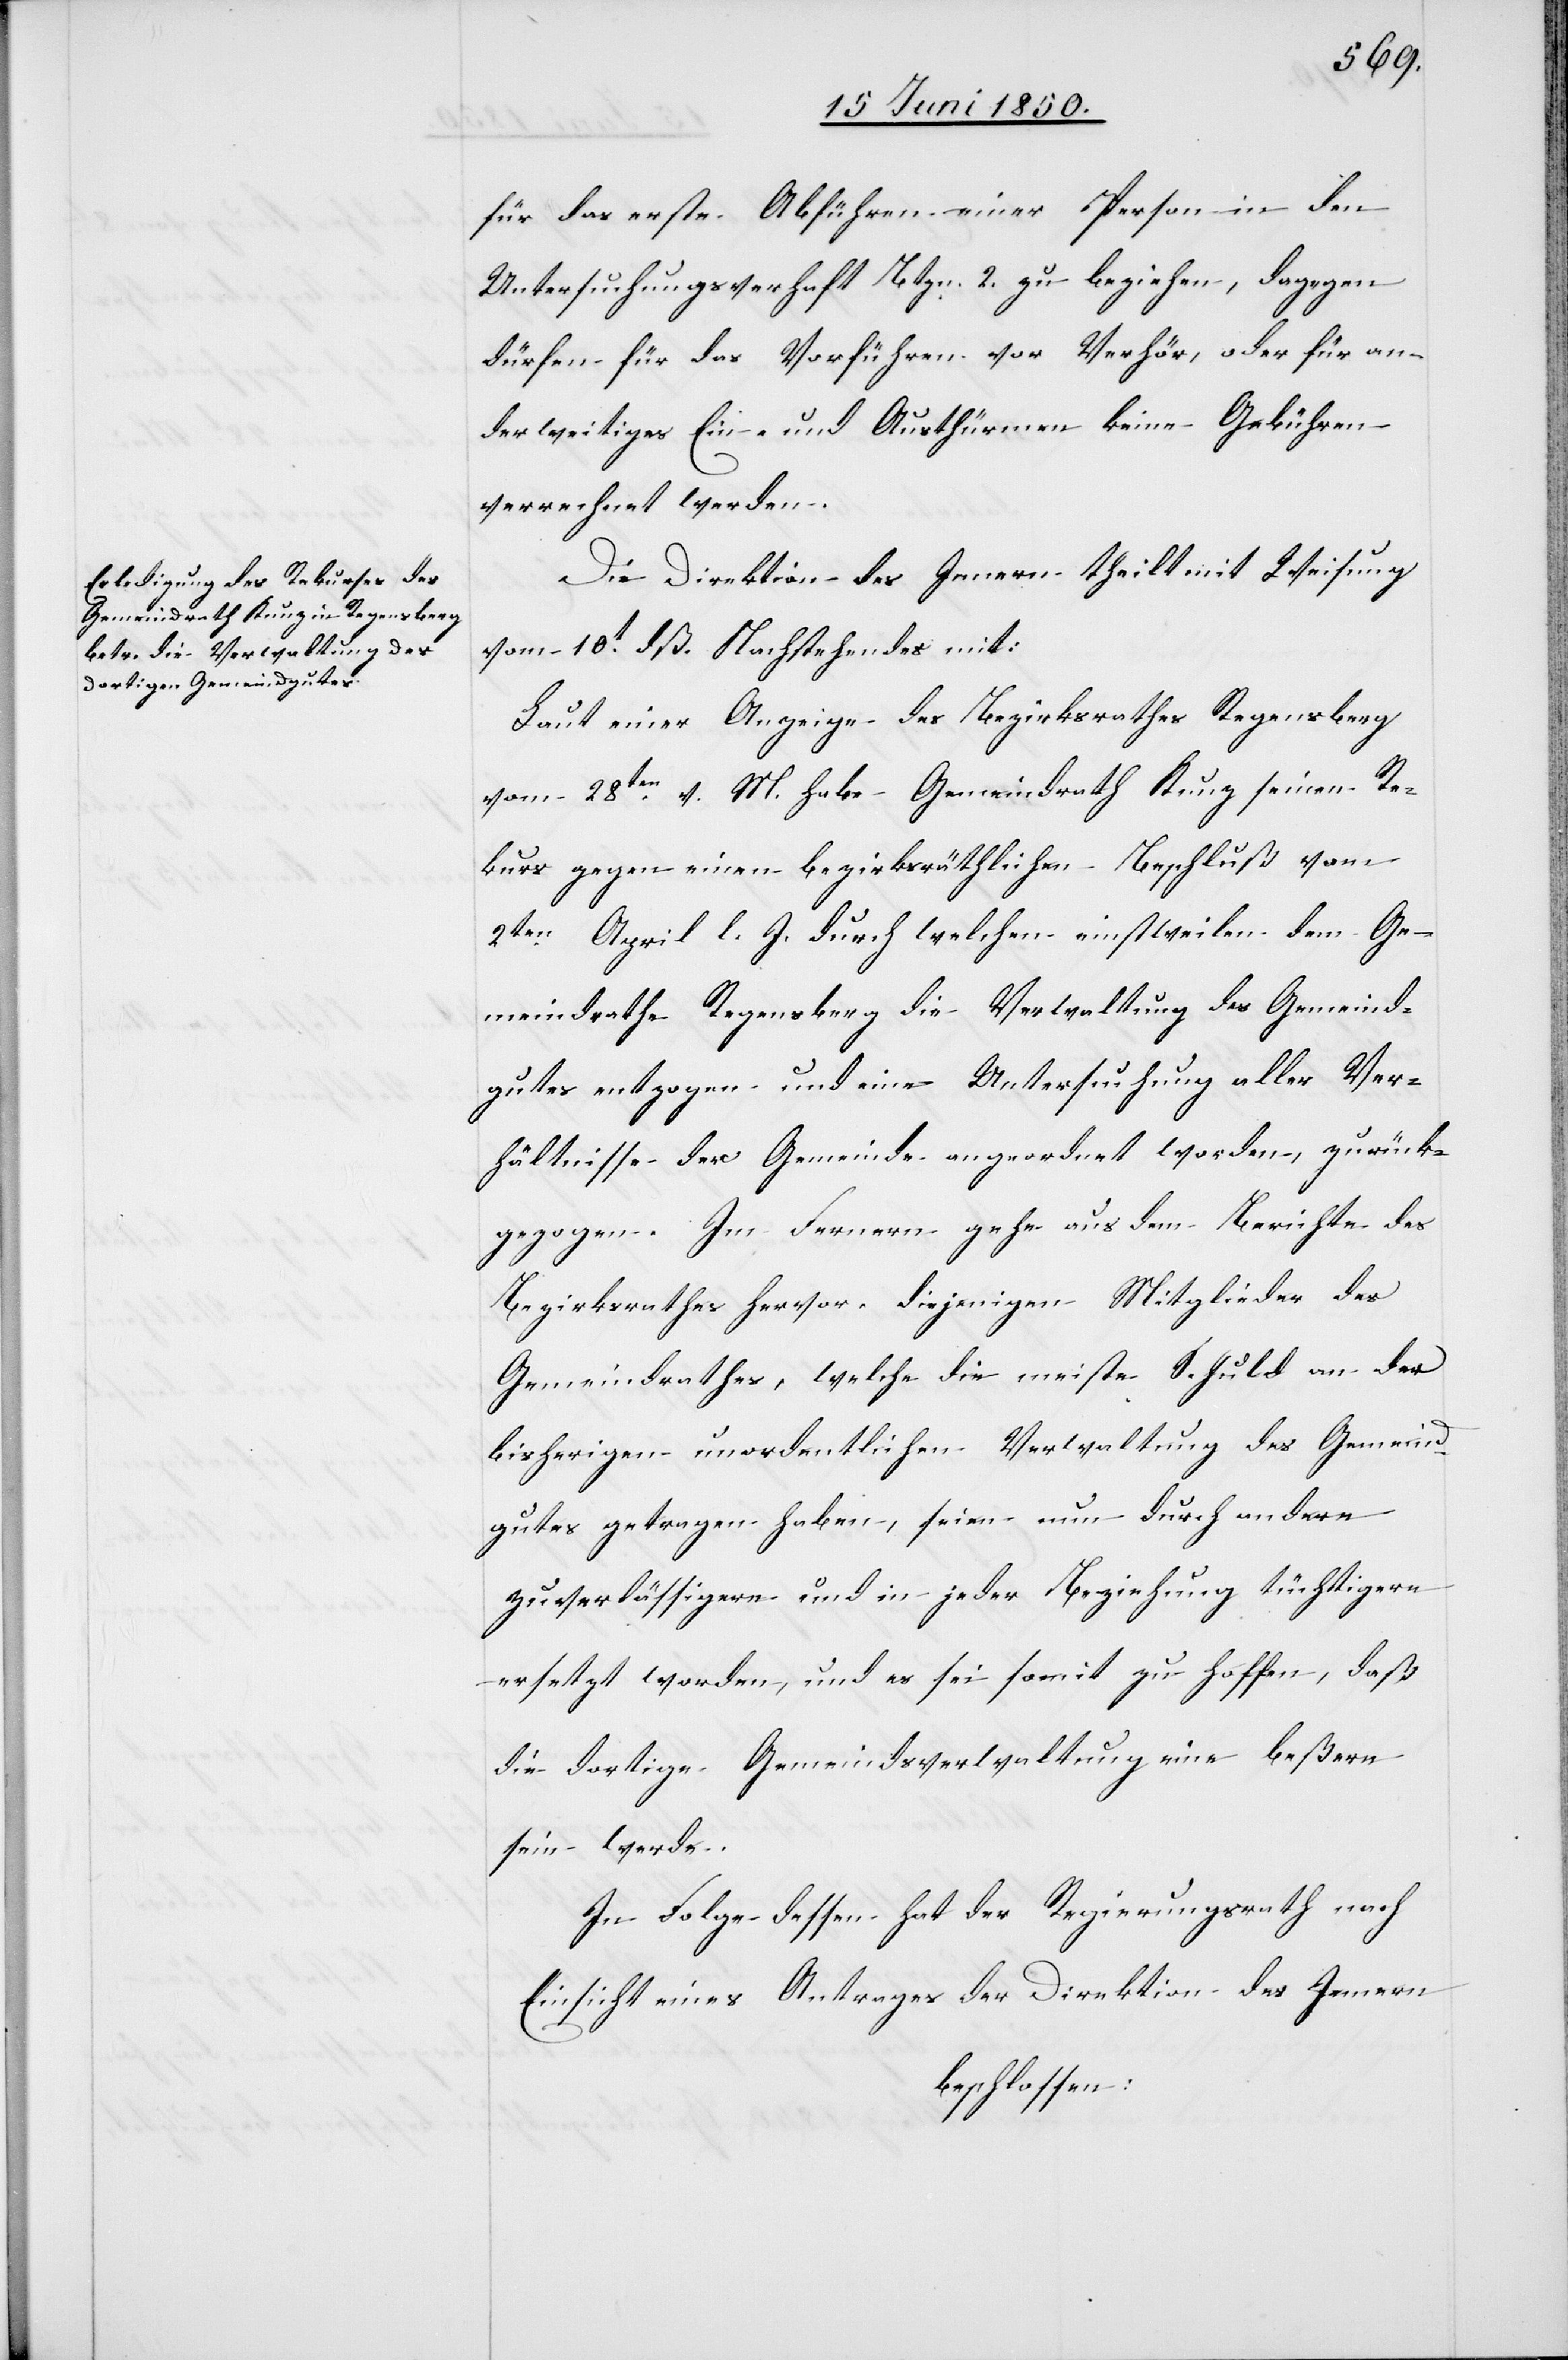
für das erste Abführen einer Person in den
Untersuchungsverhaft Btzn. 2. zu beziehen, dagegen
dürfen für das Vorführen vor Verhör, oder für an¬
derweitiges Ein- und Austhürmen keine Gebühren
verrechnet werden.
Die Direktion des Innern theilt mit Weisung
vom 10t dß. Nachstehendes mit:
Laut einer Anzeige des Bezirksrathes Regensberg
vom 28ten v. M. habe Gemeindrath Kunz seinen Re¬
kurs gegen einen bezirksräthlichen Beschluß vom
2ten April l. J. durch welchen einstweilen dem Ge¬
meindrathe Regensberg die Verwaltung des Gemeind¬
gutes entzogen und eine Untersuchung aller Ver¬
hältnisse der Gemeinde angeordnet worden, zurück¬
gezogen. Im Fernern gehe aus dem Berichte des
Bezirksrathes hervor, diejenigen Mitglieder des
Gemeindrathes, welche die meiste Schuld an der
bisherigen unordentlichen Verwaltung des Gemeind¬
gutes getragen haben, seien nun durch andere
zuverlässigere und in jeder Beziehung tüchtigere
ersetzt worden, und es sei somit zu hoffen, daß
die dortige Gemeindsverwaltung eine beßere
sein werde.
In Folge dessen hat der Regierungsrath nach
Einsicht eines Antrages der Direktion des Innern
beschlossen: